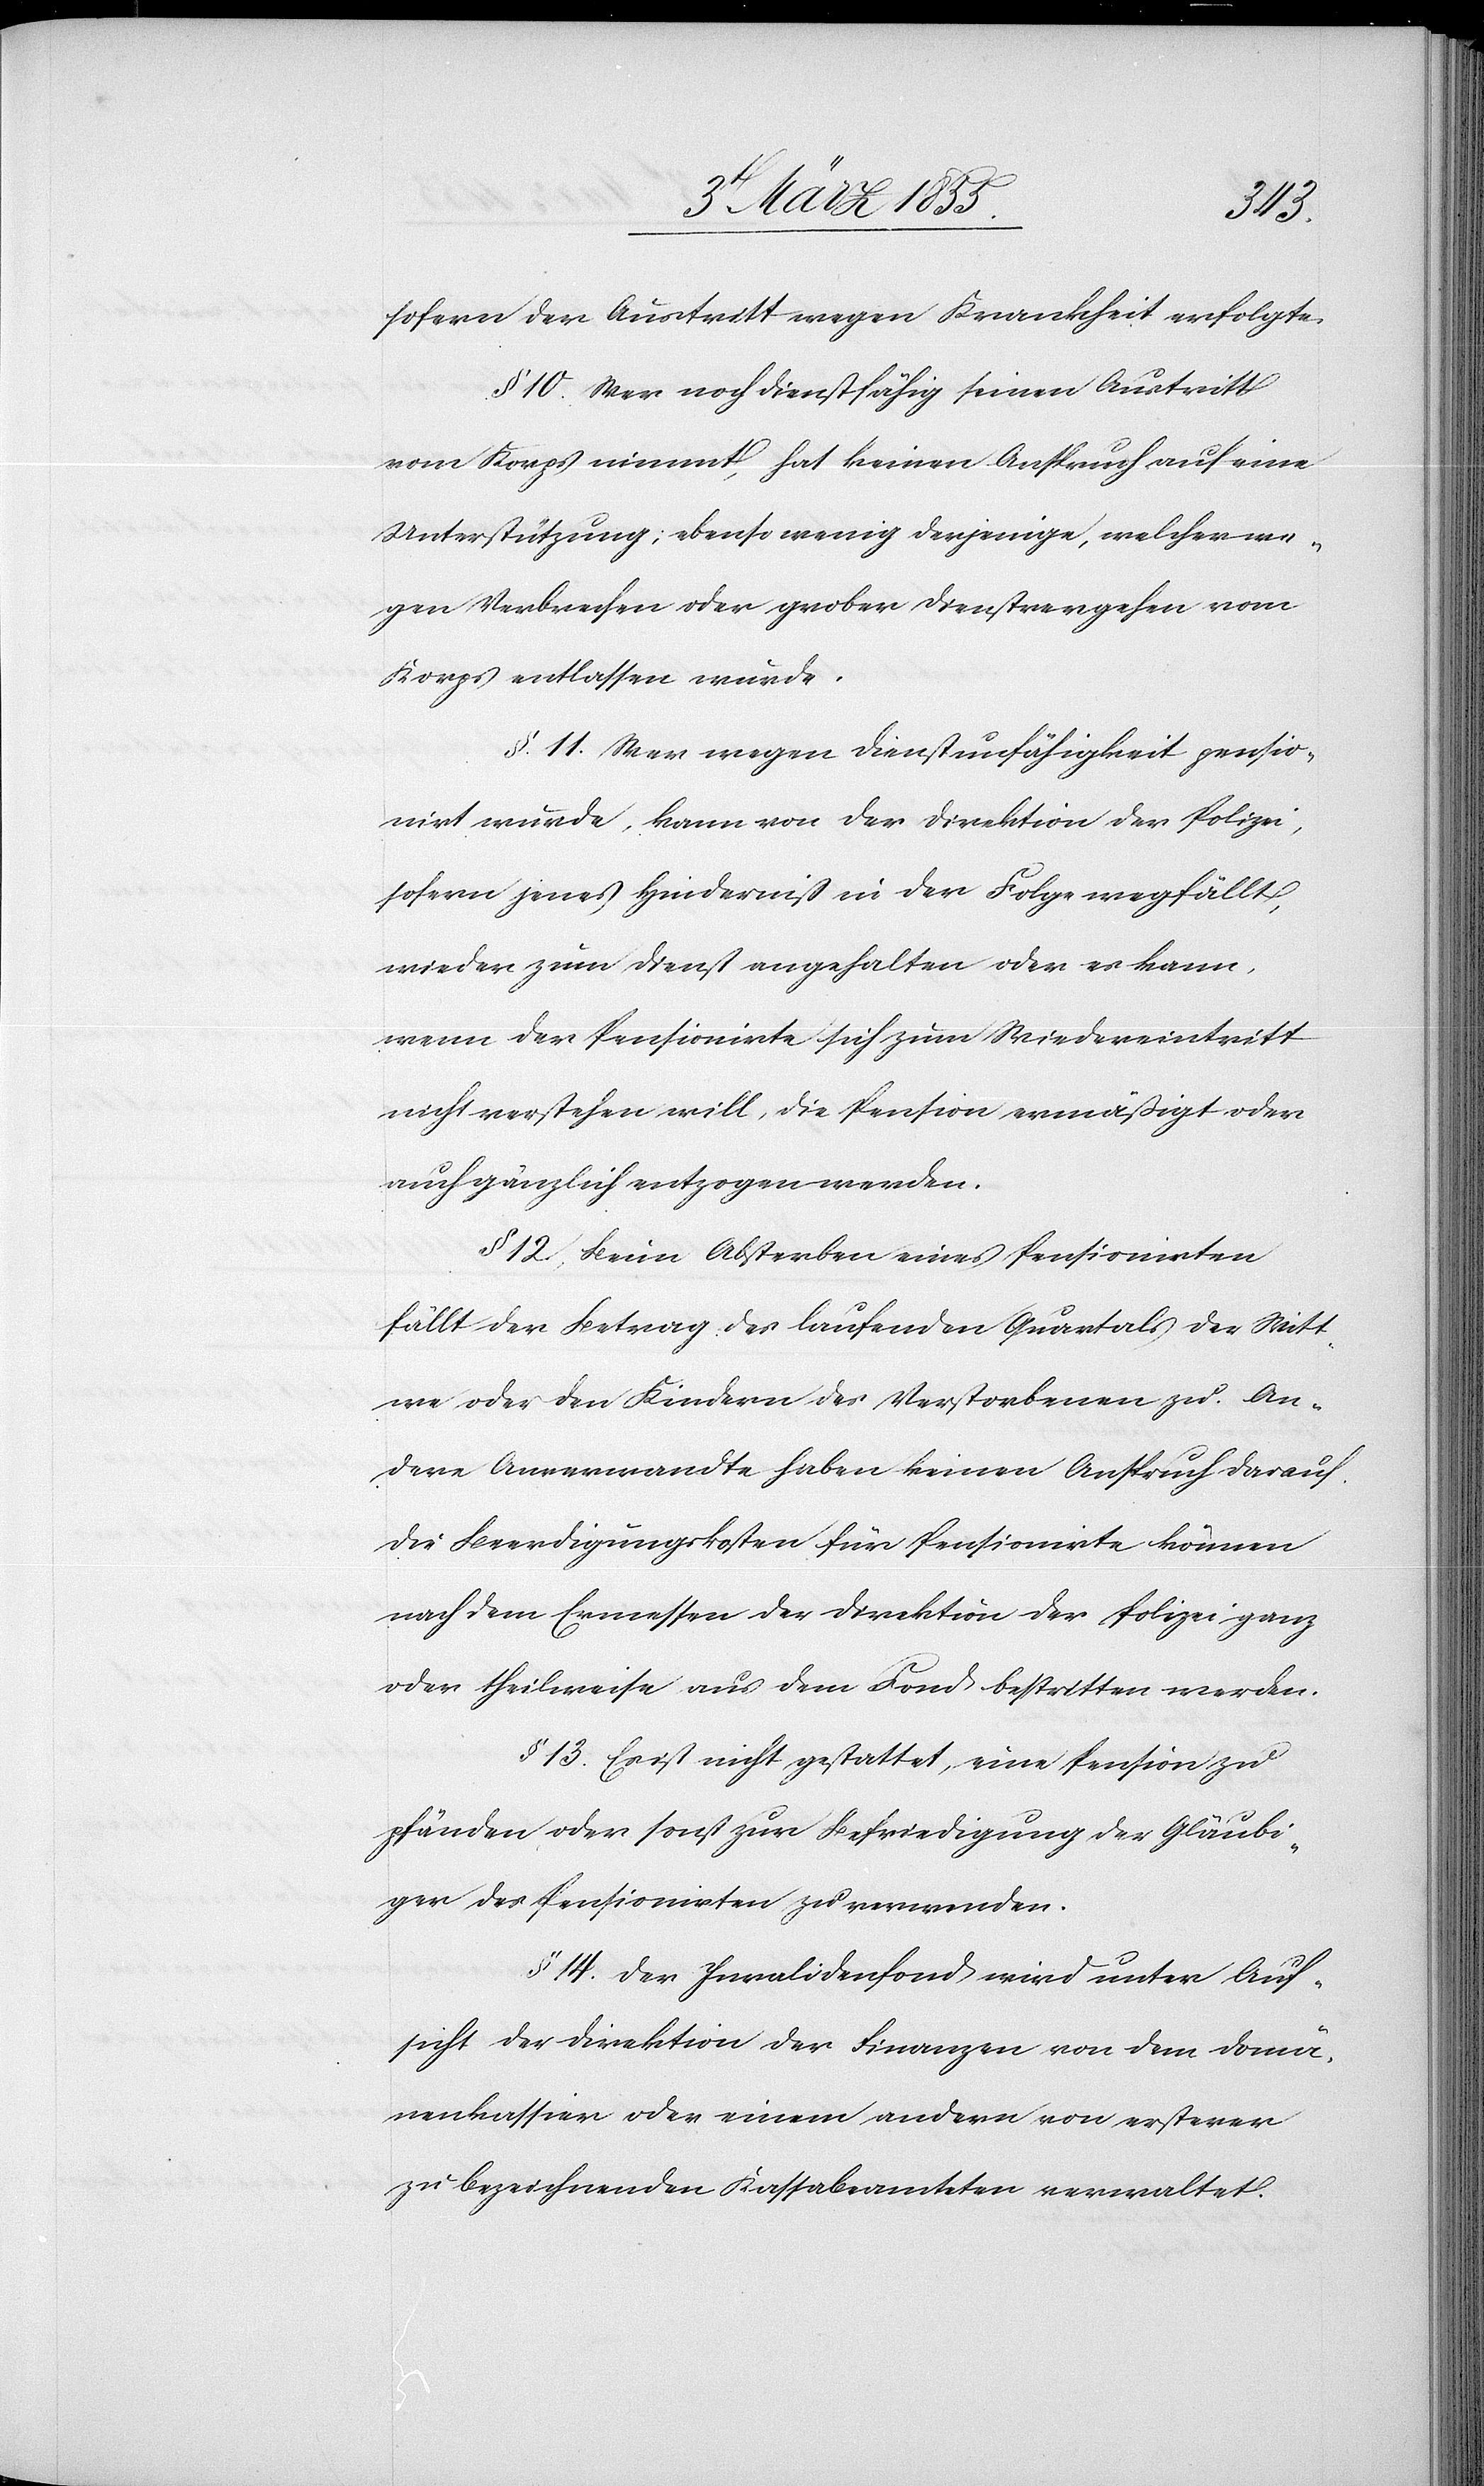
sofern der Austritt wegen Krankheit erfolgte.
§ 10. Wer noch dienstfähig seinen Austritt
vom Korps nimmt, hat keinen Anspruch auf eine
Unterstützung; ebenso wenig derjenige, welcher we¬
gen Verbrechen oder grober Dienstvergehen vom
Korps entlassen wurde.
§. 11. Wer wegen Dienstunfähigkeit pensio¬
nirt wurde, kann von der Direktion der Polizei,
sofern jenes Hinderniß in der Folge wegfällt,
wieder zum Dienst angehalten oder es kann,
wenn der Pensionirte sich zum Wiedereintritt
nicht verstehen will, die Pension ermäßigt oder
auch gänzlich entzogen werden.
§ 12. Beim Absterben eines Pensionirten
fällt der Betrag des laufenden Quartals der Witt¬
we oder den Kindern des Verstorbenen zu. An¬
dere Anverwandte haben keinen Anspruch darauf.
Die Beerdigungskosten für Pensionirte können
nach dem Ermessen der Direktion der Polizei ganz
oder theilweise aus dem Fond bestritten werden.
§ 13. Es ist nicht gestattet, eine Pension zu
pfänden oder sonst zur Befriedigung der Gläubi¬
ger des Pensionirten zu verwenden.
§ 14. Der Invalidenfond wird unter Auf¬
sicht der Direktion der Finanzen von dem Domä¬
nenkassier oder einem andern von ersterer
zu bezeichnenden Kassabeamteten verwaltet.